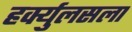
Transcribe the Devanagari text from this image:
हर्क्युलसला